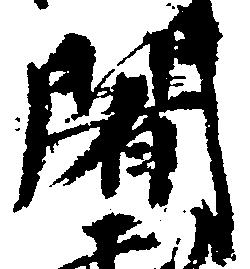
闍